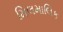
મિલમાલિક